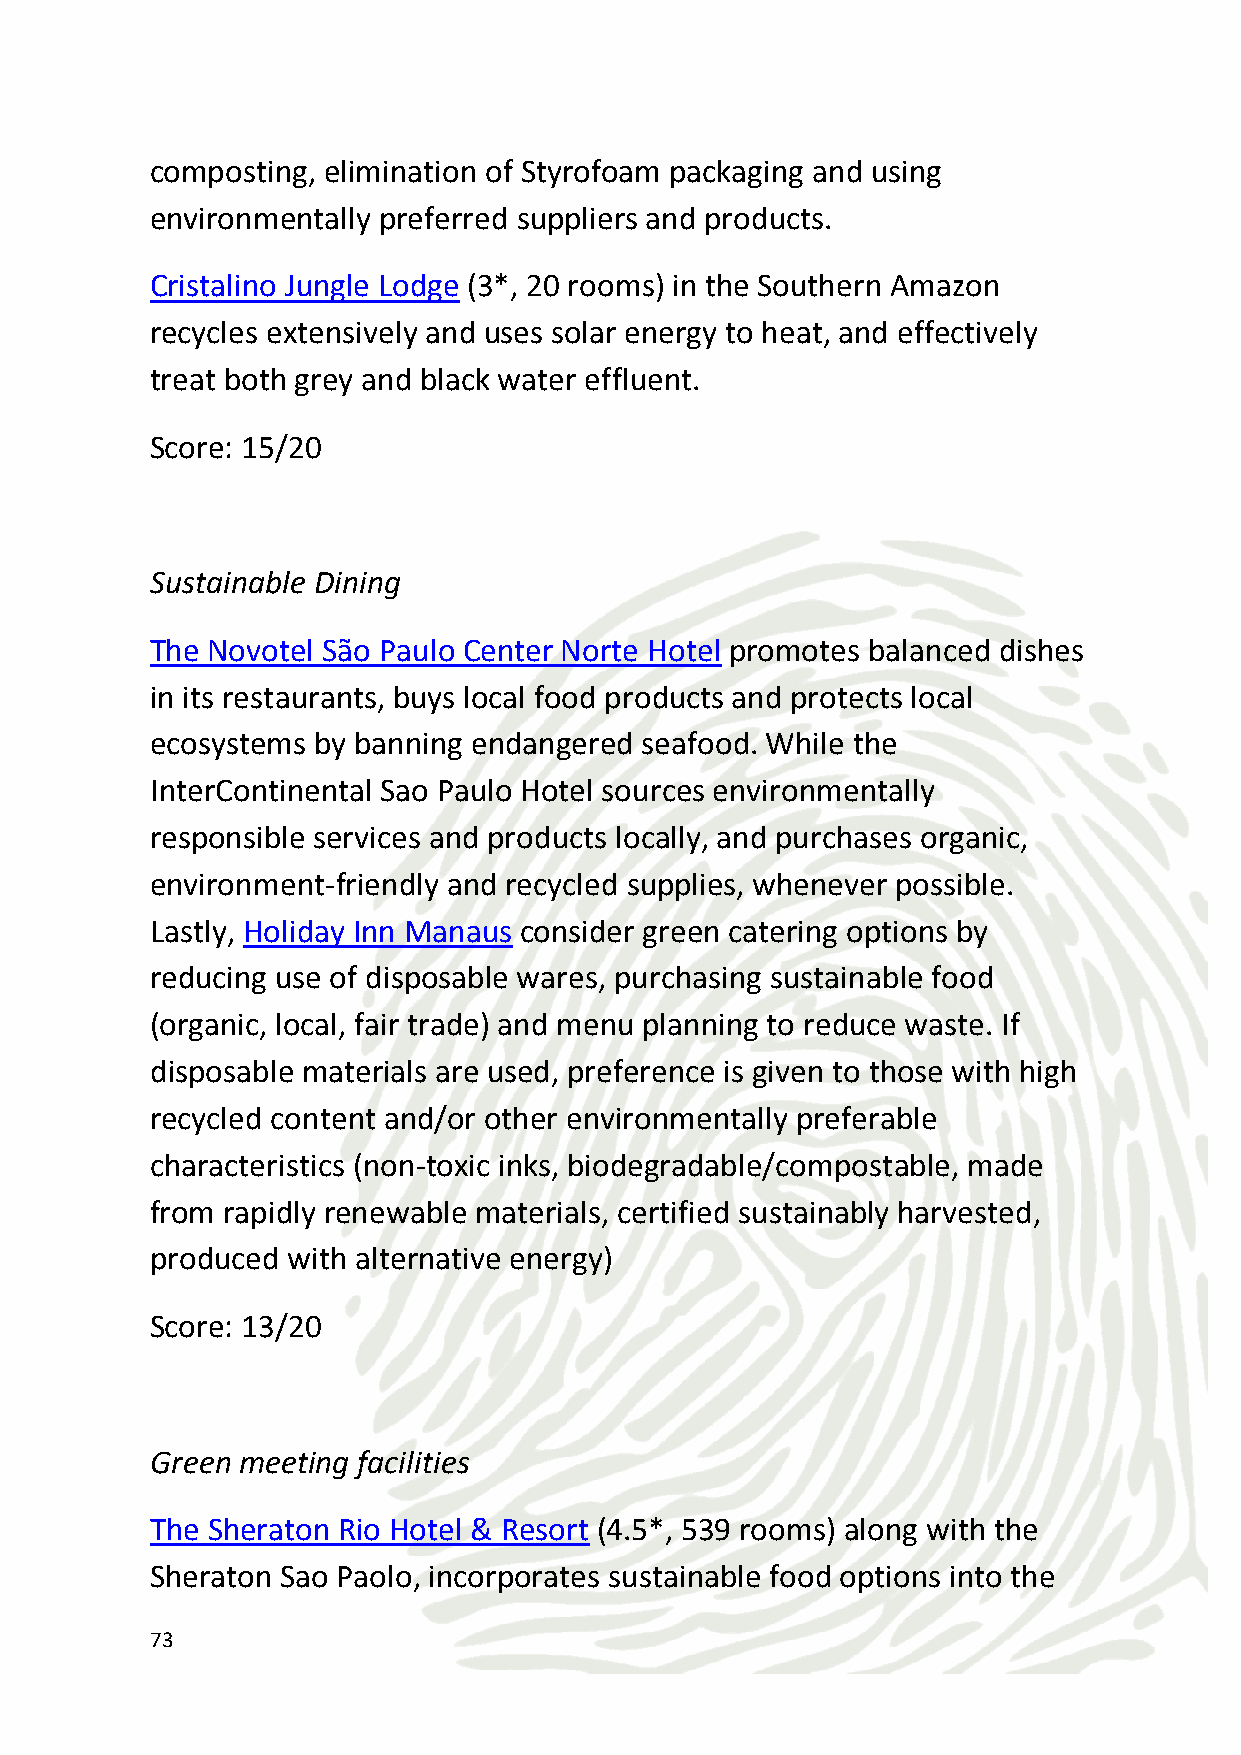
meeting menu, and meeting spaces can be designed using tables that
 do not require table coverings. If table coverings are preferred,
 reusable alternatives such as cloth is used. China is used instead of
 disposable products. If disposable food packaging is preferred,
 environmentally friendly options are utilized. Condiments are
 provided in bulk dispensers to reduce waste and environmentally
 friendly alternatives to conventional bottled water is encouraged.
 Score: 8.25/15
 Green Transport
 Travelers have the option to use Green Path Transfers, a global
 airport transfers service that arranges hybrid and electric vehicles.
 In the field of bio fuels, Brazil is the second-largest producer of
 ethanol in the world. Biodiesel refers to a vegetable oil- or animal fat-
 based diesel fuel combined with an alcohol; electric vehicle (EV) uses
 one or more electric motors for propulsion; LPG - Liquefied
 petroleum gas is used as a fuel in vehicles.
 Score: 12/15
 Eco-activities
 From the Amazon, the largest rainforest in the world, to Pantanal,
 the largest wetlands in the world, Brazil's landscapes feature many
 ecosystems, all with exceptional ecotourism opportunities.
 The Amazon  covers an area of 5 million square kilometres of which
 60% is on Brazilian territory. It is the largest and most intact
 rainforest region in the world. The Pantanal wetlands were rapidly
 becoming a grazing ground for the beef industry until Caiman
 74